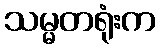
သမ္မတရုံးက